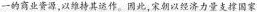
一的商业资源，以维持其运作。因此，宋朝以经济力量支撑国家